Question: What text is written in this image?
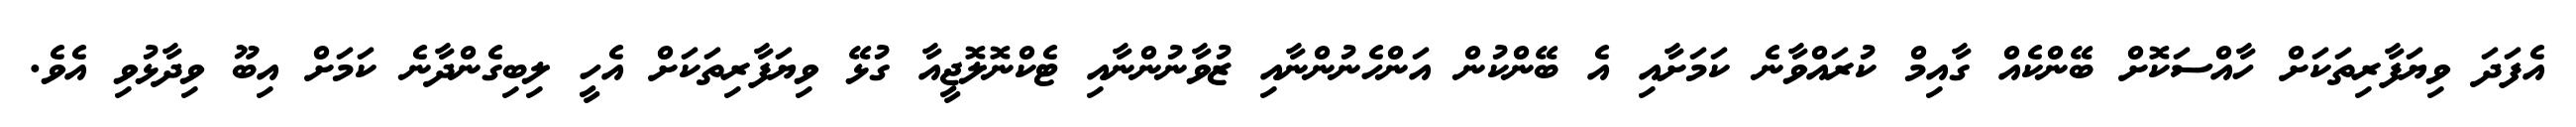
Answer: އެފަދަ ވިޔަފާރިތަކަށް ހާއްސަކޮށް ބޭންކެއް ގާއިމް ކުރައްވާނެ ކަމަށާއި އެ ބޭންކުން އަންހެނުންނާއި ޒުވާނުންނާއި ޓެކްނޮލޮޖީއާ ގުޅޭ ވިޔަފާރިތަކަށް އެހީ ލިބިގެންދާނެ ކަމަށް އިބޫ ވިދާޅުވި އެވެ.